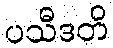
ပသီဒတိ